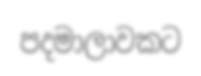
පදමාලාවකට